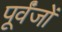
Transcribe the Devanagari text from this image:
पूर्वंजों